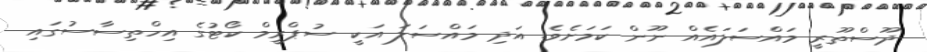
ދޫސްތޫރީ މައްސަލައެއް ނޫން ކަމަށެވެ. އަދި މައްސަލަ އަކީ ސުޕްރީމް ކޯޓުގެ އިހްތިސާސުގައި